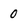
Character: 0